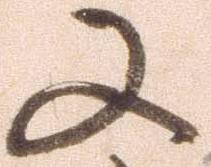
又